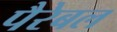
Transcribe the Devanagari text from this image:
पैरेबल